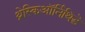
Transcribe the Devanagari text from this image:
थ्रेस्किऑर्निथिडे